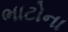
ભાટોના